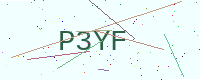
Text: P3YF